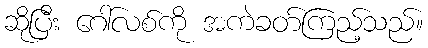
ဆိုပြီး ဂေါ်လစ်ကို အကဲခတ်ကြည့်သည်။